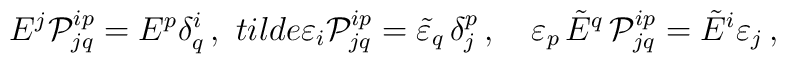
E^j{\cal P}^{ip}_{jq}=E^p\delta ^i_q\,,\ \ \\tilde{\varepsilon}_i{\cal P}^{ip}_{jq}=\tilde{\varepsilon}_q\,\delta^p_j\,,\ \ \ \varepsilon _p\,\tilde{E}^q\,{\cal P}^{ip}_{jq}=\tilde{E}^i\varepsilon _j\,,